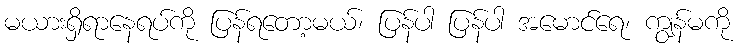
မယားရှိရာနေရပ်ကို ပြန်ရတော့မယ်၊ ပြန်ပါ ပြန်ပါ အမောင်ရေ၊ ကျွန်မကို